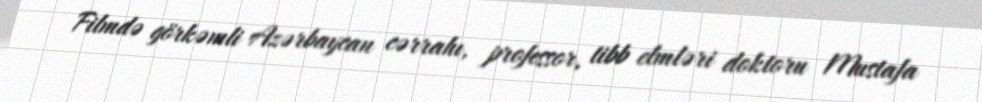
Filmdə görkəmli Azərbaycan cərrahı, professor, tibb elmləri doktoru Mustafa